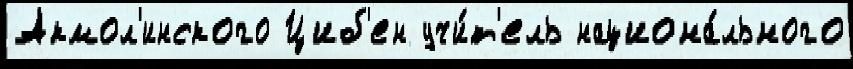
Акмол'инского Циб'ен учи́т'ель национа́льного